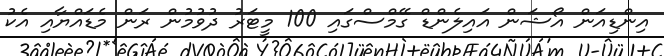
އިންޑިއަން އޯޝަން އައިލެންޑް ގޭމްސްގައި 100 މީޓަރު ދުވުމުން ރަން މެޑައްޔާއި އެކު